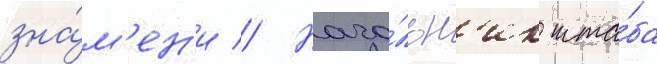
зна́м'ен'и // Нача́льн'ик шта́ба